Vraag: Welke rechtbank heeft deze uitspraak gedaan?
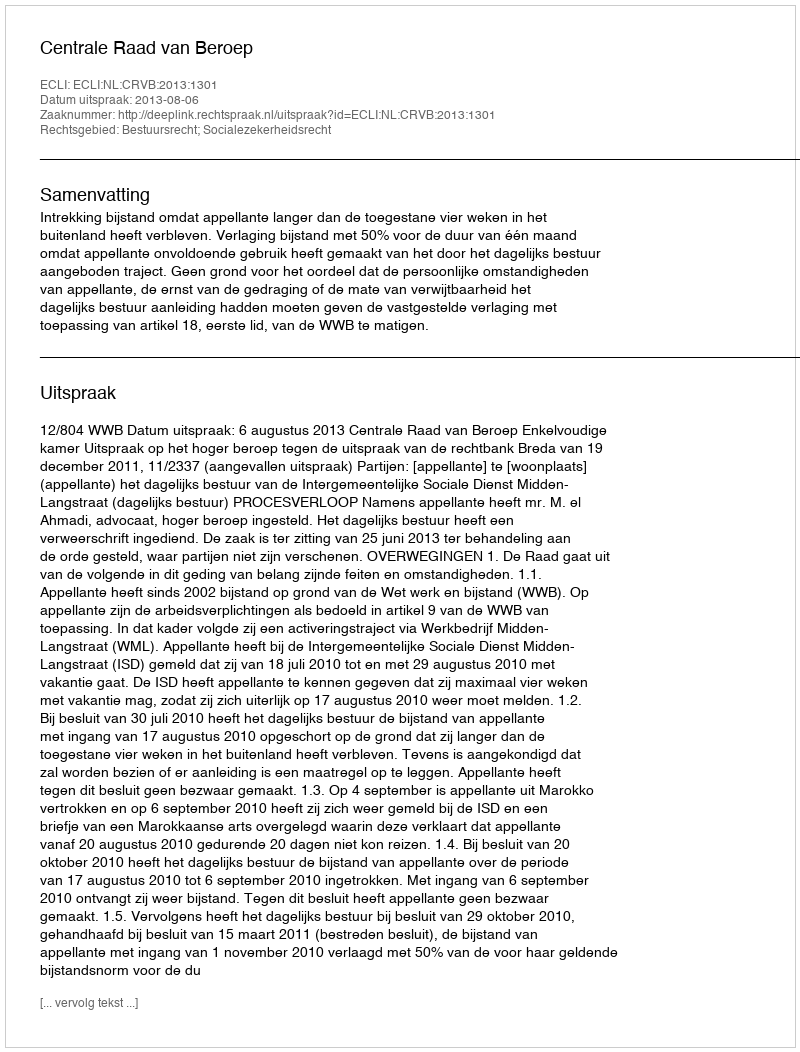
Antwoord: Centrale Raad van Beroep